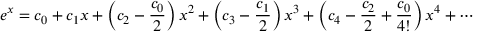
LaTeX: e ^ { x } = c _ { 0 } + c _ { 1 } x + \left( c _ { 2 } - { \frac { c _ { 0 } } { 2 } } \right) x ^ { 2 } + \left( c _ { 3 } - { \frac { c _ { 1 } } { 2 } } \right) x ^ { 3 } + \left( c _ { 4 } - { \frac { c _ { 2 } } { 2 } } + { \frac { c _ { 0 } } { 4 ! } } \right) x ^ { 4 } + \cdots